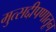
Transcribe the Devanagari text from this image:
मुत्सद्दीपणातून